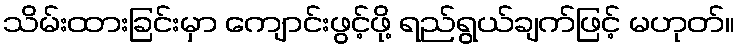
သိမ်းထားခြင်းမှာ ကျောင်းဖွင့်ဖို့ ရည်ရွယ်ချက်ဖြင့် မဟုတ်။